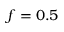
f = 0 . 5